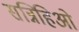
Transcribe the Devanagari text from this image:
सन्निहिओ